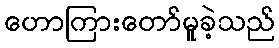
ဟောကြားတော်မူခဲ့သည်